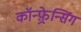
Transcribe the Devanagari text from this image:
कॉन्फ़्रेन्सिंग